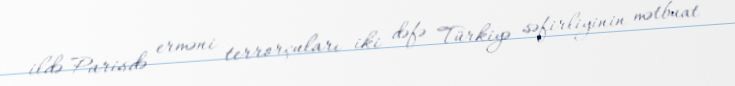
ildə Parisdə erməni terrorçuları iki dəfə Türkiyə səfirliyinin mətbuat